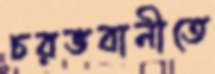
চরভবানীতে